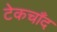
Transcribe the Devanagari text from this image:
टेकचाँद